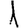
Digit: 1